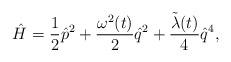
LaTeX: \begin{align*}\hat{H} = \frac{1}{2}\hat{p}^2 + \frac{{\omega}^2 (t)}{2} \hat{q}^2+ \frac{\tilde{\lambda}(t)}{4} \hat{q}^4,\end{align*}